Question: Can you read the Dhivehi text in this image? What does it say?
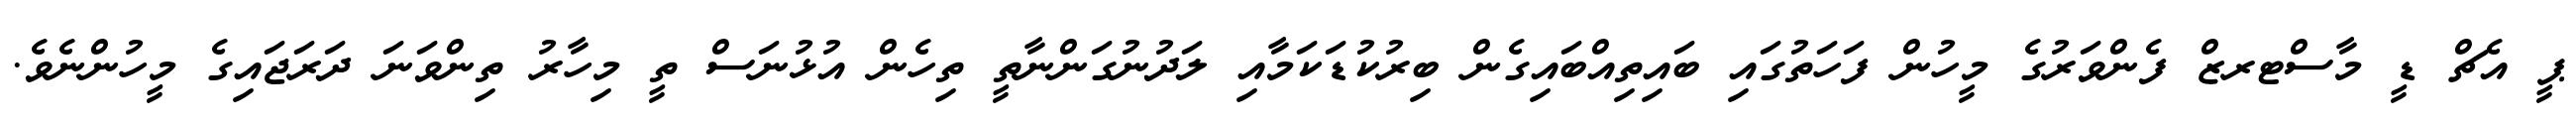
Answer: ޕީ އެޗް ޑީ މާސްޓރޒް ފެންވަރުގެ މީހުން ފަހަތުގައި ބައިތިއްބައިގެން ބިރުކުޑަކަމާއި ލަދުނުގަންނާތީ ތިހެން އުޅުނަސް ތީ މިހާރު ތިންވަނަ ދަރަޖައިގެ މީހުންނެވެ.